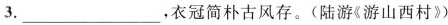
3.___，衣冠简朴古风存。(陆游《游山西村》)